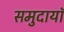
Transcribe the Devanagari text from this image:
समुदायॉ